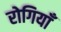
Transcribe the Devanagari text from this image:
रोगियाँ